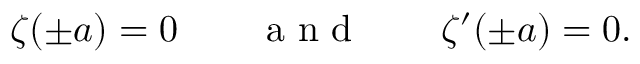
\zeta ( \pm a ) = 0 \qquad \mathrm { ~ a ~ n ~ d ~ } \qquad \zeta ^ { \prime } ( \pm a ) = 0 .